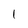
Character: 1